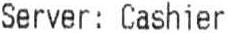
SERVER : CASHIER